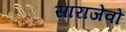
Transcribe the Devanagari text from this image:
साराजेवों